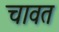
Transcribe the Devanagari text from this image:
चावत